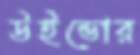
উইন্ডোর